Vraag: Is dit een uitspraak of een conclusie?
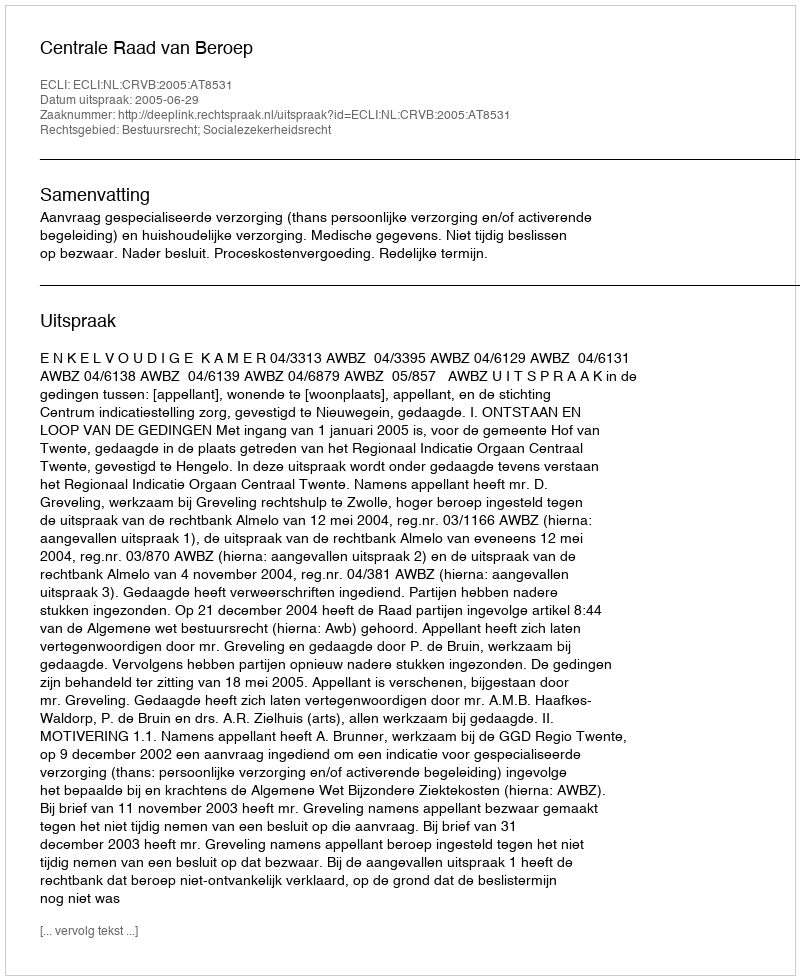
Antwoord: Uitspraak